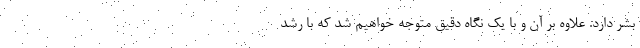
بشر دارد. علاوه بر آن و با یک نگاه دقیق متوجه خواهیم شد که با رشد